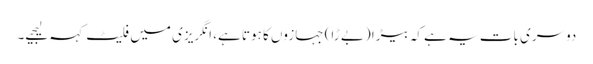
دوسری بات یہ ہے کہ بیڑا (بے ڑا) جہازوں کا ہوتا ہے، انگریزی میں فلیٹ کہہ لیجیے۔